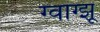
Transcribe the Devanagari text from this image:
ग्वांग्झू